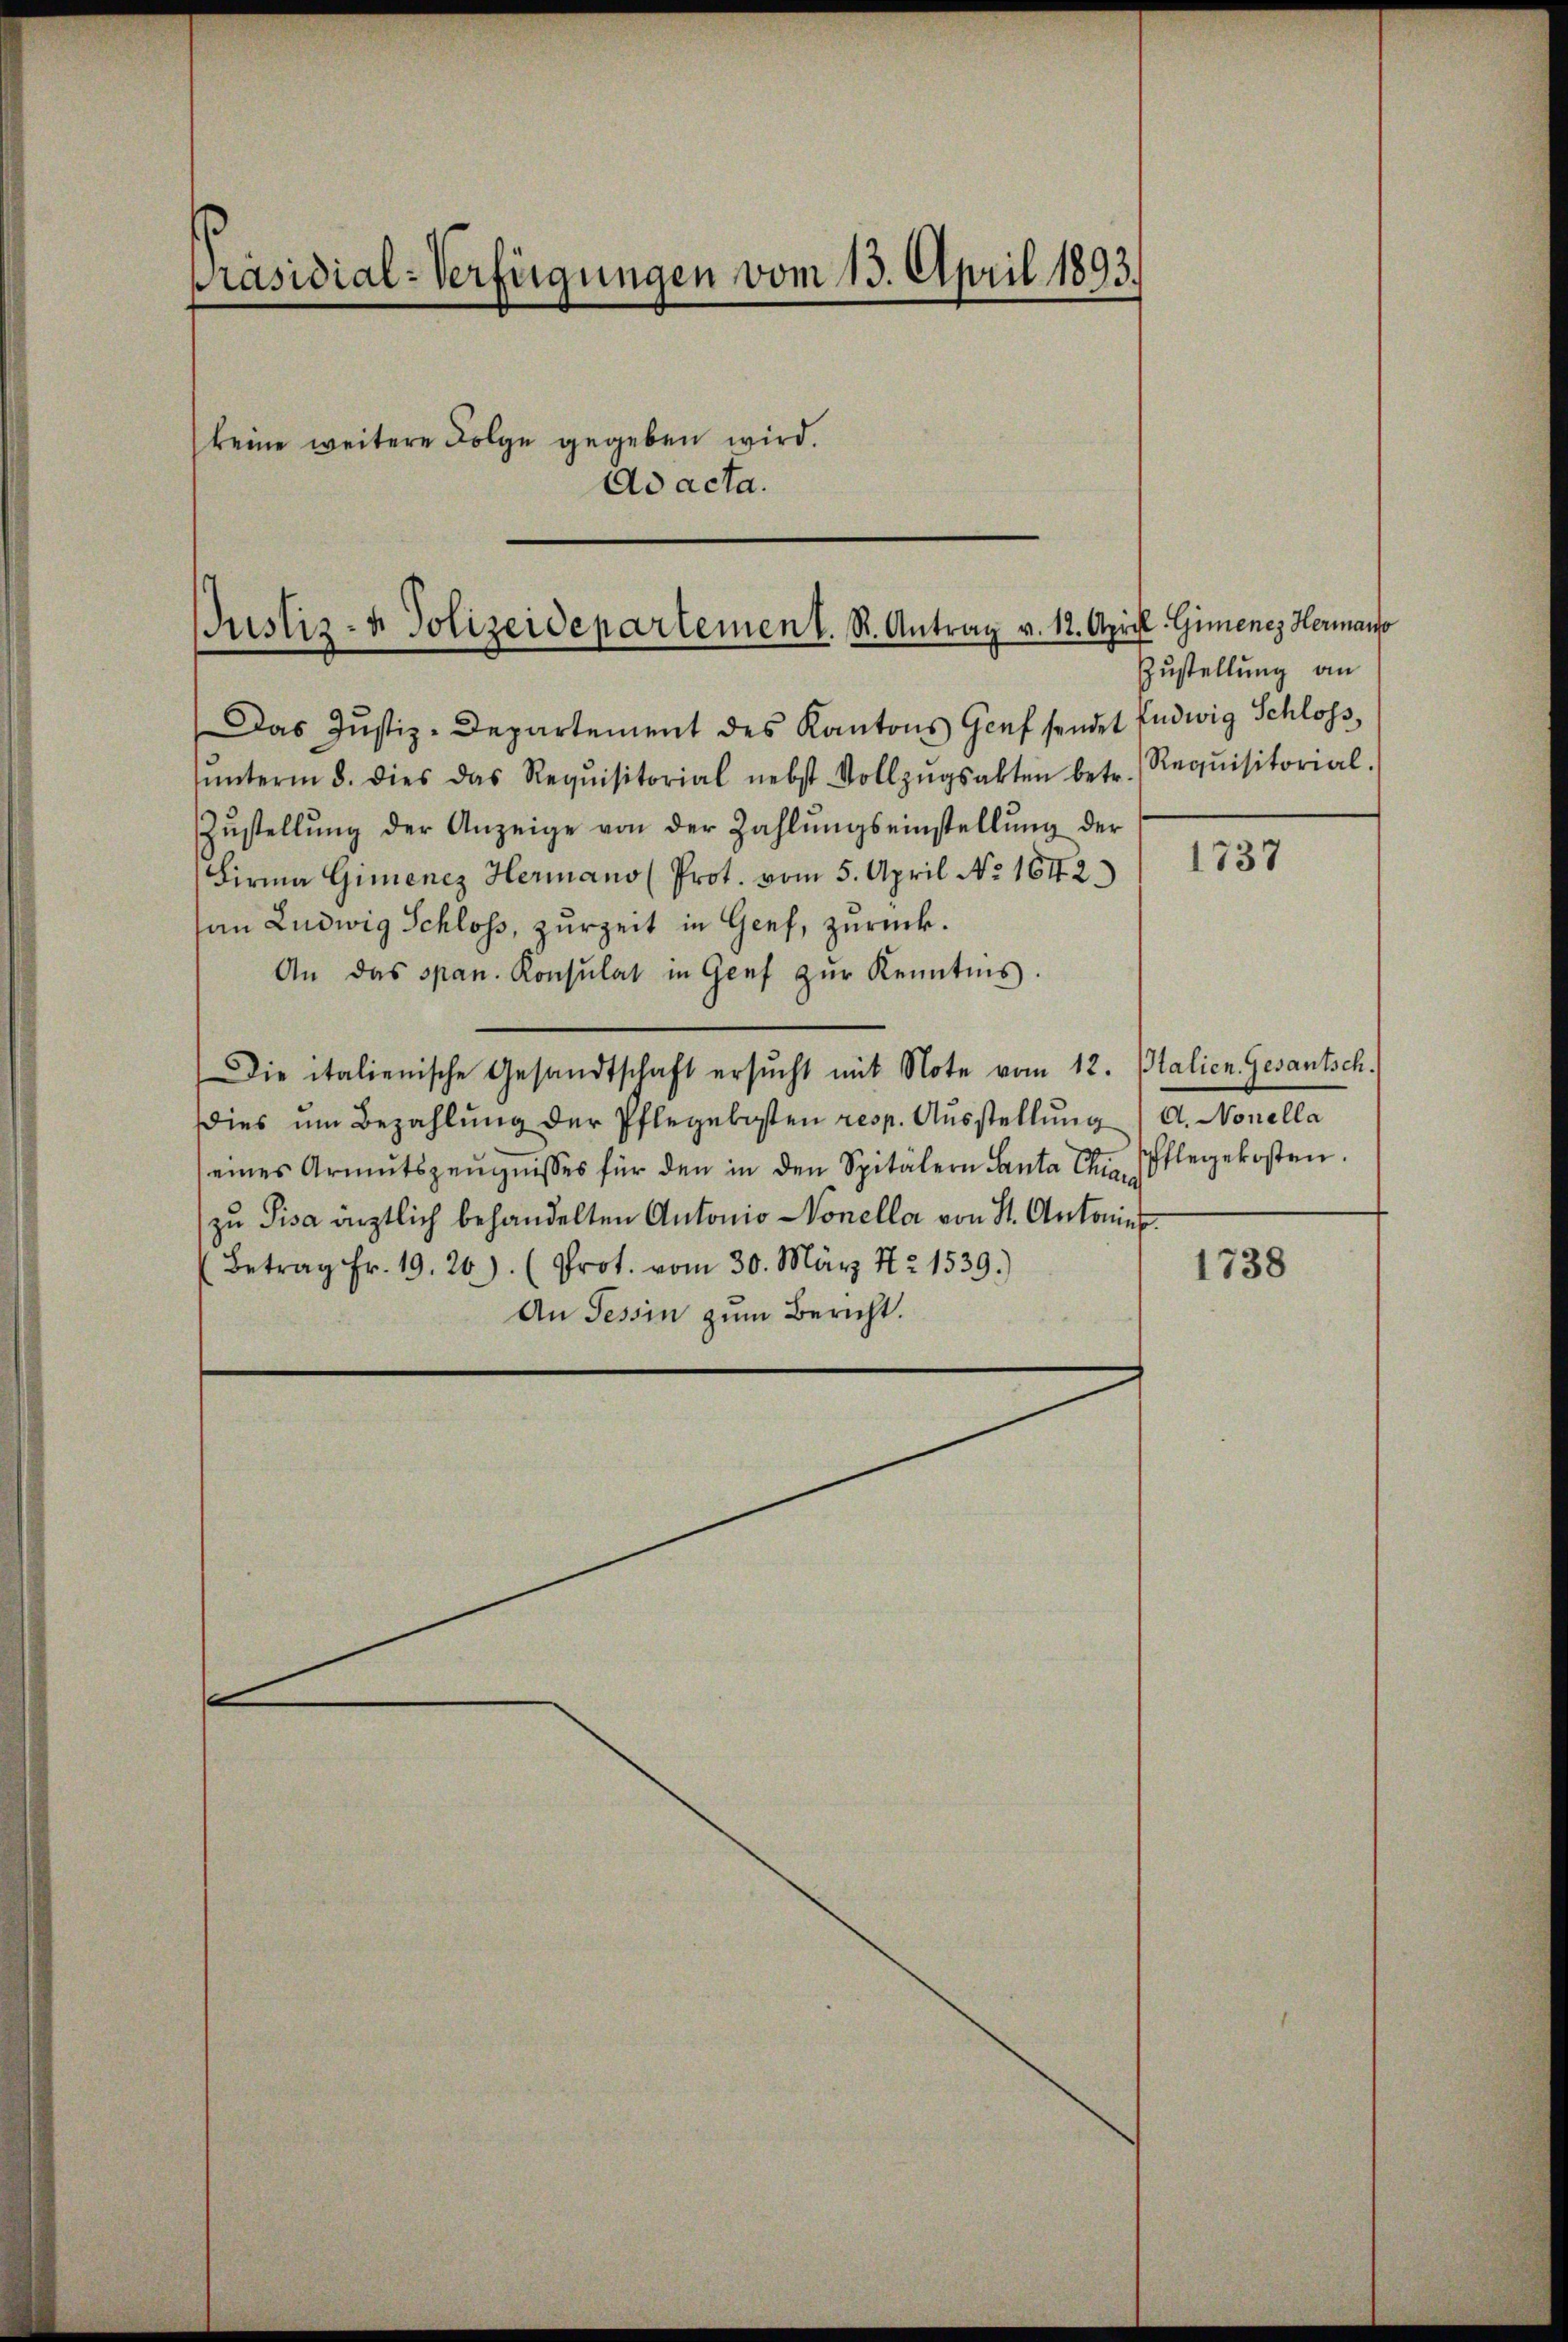
Präsidial-Verfügungen vom 13. April 1893.
keine weitere Folge gegeben wird.
A

Justiz- & Polizeidepartement. R. Antrag v. 12. April

acta.

Das Justiz-Departement des Kantons Genf sendet
ŭnterm 8. dies das Requisitorial nebst Vollzŭgsakten betr. Requisitorial
Zŭstellŭng der Anzeige von der Zahlŭngseinstellŭng der
Firma Gimenez Hermano (Prot. vom 5. April No 1642.)
an Ludwig Schloss, zurzeit in Genf, zurück.
An das span. Konsulat in Genf zŭr Kenntnis.
Die italienische Gesandtschaft ersŭcht mit Note vom 12. Stalien. Gesantsch.
dies um Bezahlŭng der Pflegekosten resp. Aŭsstellŭng / A. Nonella
eines Armutszeŭgnisses für den in den Spitälern Canta Chr. Pflegekosten.
zu Pisa ärztlich behandelten Antonio Vonella von St. Antonies
Betrag Fr. 19. 20). (Prot. vom 30. März Nr 1539.)
An Tessin zum Bericht.

Gimenes Hermano
Zustellung an
Ludwig Schloss,

1737

1738